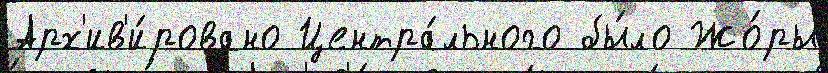
Арх'ив'и́ровано Центра́льного бы́ло Жо́ры